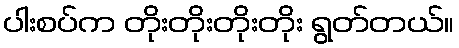
ပါးစပ်က တိုးတိုးတိုးတိုး ရွတ်တယ်။